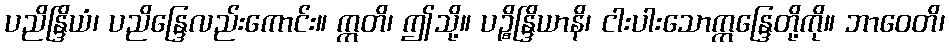
ပညိန္ဒြိယံ၊ ပညိန္ဒြေလည်းကောင်း။ ဣတိ၊ ဤသို့။ ပဉ္စိန္ဒြိယာနိ၊ ငါးပါးသောဣန္ဒြေတို့ကို။ ဘာဝေတိ၊